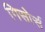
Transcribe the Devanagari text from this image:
गिसोर्स